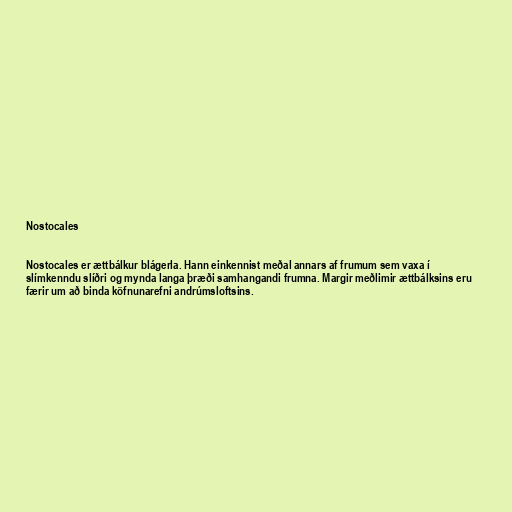
Nostocales

Nostocales er ættbálkur blágerla. Hann einkennist meðal annars af frumum sem vaxa í
slímkenndu slíðri og mynda langa þræði samhangandi frumna. Margir meðlimir ættbálksins eru
færir um að binda köfnunarefni andrúmsloftsins.